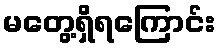
မတွေ့ရှိရကြောင်း